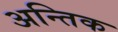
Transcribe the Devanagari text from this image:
अन्तिक